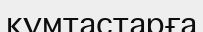
құмтастарға